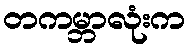
တကမ္ဘာလုံးက